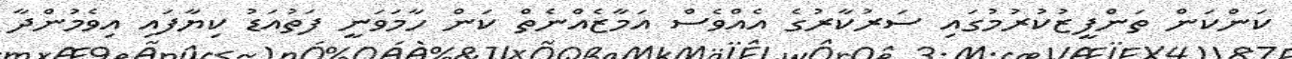
ކަންކަން ތަންފީޒުކުރުމުގައި ސަރުކާރުގެ އެއްވެސް އަމާޒެއްނެތް ކަން ހާމަވަނީ ފަތުއަޑު ކިޔާފައި އިވެމުންދާ